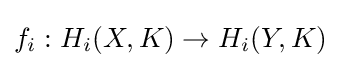
f_{i}:H_{i}(X,K)\rightarrow H_{i}(Y,K)